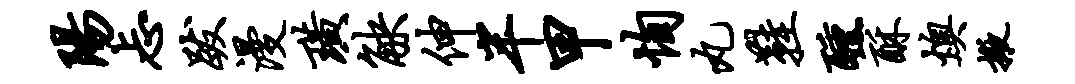
阳忐跋漫璜觖伸半甲恂丸鞋醺酥燠掖